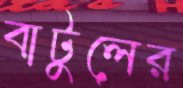
বাটুলের